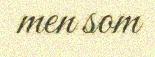
men som